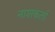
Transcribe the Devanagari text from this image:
नाशकर्ता